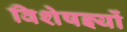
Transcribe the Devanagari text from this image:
विशेषज्ञ्यों